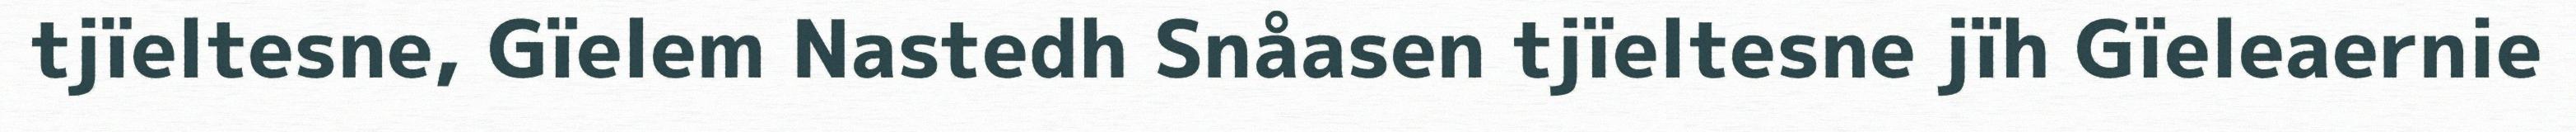
tjïeltesne, Gïelem Nastedh Snåasen tjïeltesne jïh Gïeleaernie